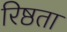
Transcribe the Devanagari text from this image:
रिष्ठता